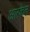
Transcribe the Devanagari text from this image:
आरकेल